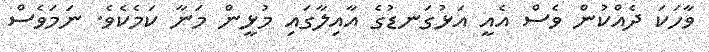
ވާހަކަ ދެއްކުން ވެސް އެއީ އަޅުގަނޑުގެ އާއިލާގައި މުޅީން މަނާ ކަމެކެވެ. ނަމަވެސް